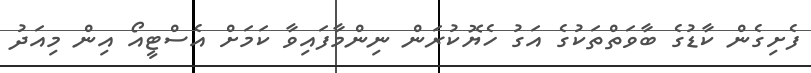
ފެށިގެން ކާޑުގެ ބާވަތްތަކުގެ އަގު ހެޔޮކުރަން ނިންމާފައިވާ ކަމަށް އެސްޓީއޯ އިން މިއަދު